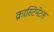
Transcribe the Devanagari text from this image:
क्रास्टिनेटस